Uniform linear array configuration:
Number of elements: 24
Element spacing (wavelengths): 0.25
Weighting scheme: uniform
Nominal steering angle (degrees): -45
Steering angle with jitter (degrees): -43.66
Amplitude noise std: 0.05
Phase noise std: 0.05

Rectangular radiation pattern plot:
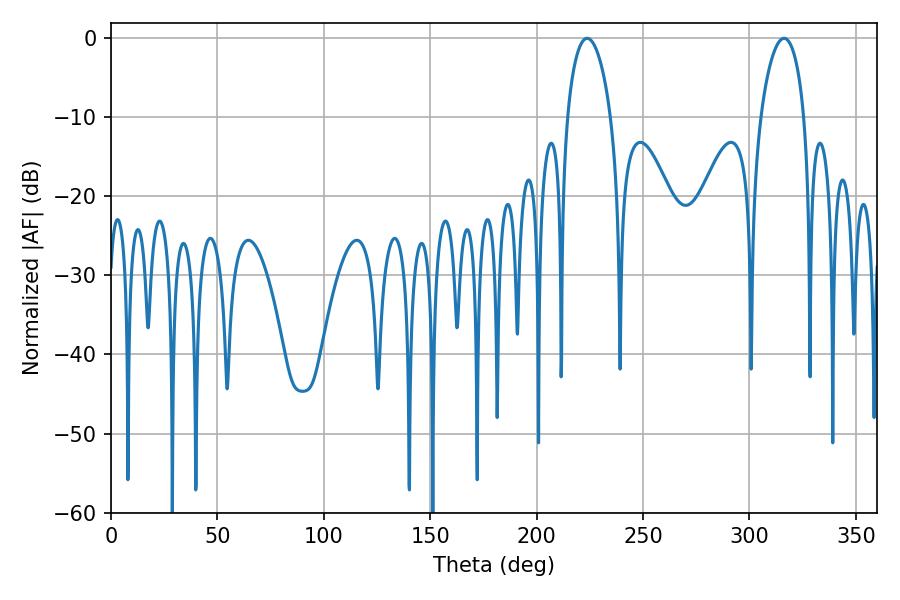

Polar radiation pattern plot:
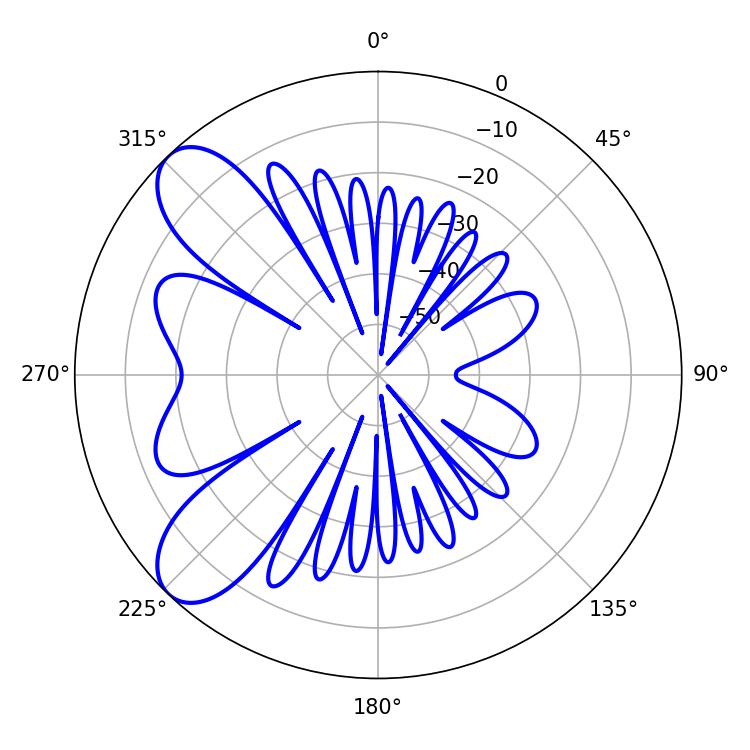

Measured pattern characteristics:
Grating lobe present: FALSE
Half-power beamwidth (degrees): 11.7
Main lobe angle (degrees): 223.74